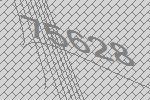
75628